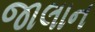
જાલાન